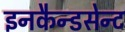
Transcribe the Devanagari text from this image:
इनकैन्डसेन्ट